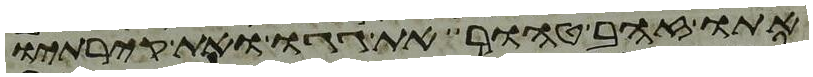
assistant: אתו זהב טהור את גגו ואת קירתיו